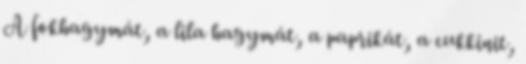
A fokhagymát, a lila hagymát, a paprikát, a cukkinit,